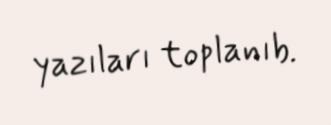
yazıları toplanıb.